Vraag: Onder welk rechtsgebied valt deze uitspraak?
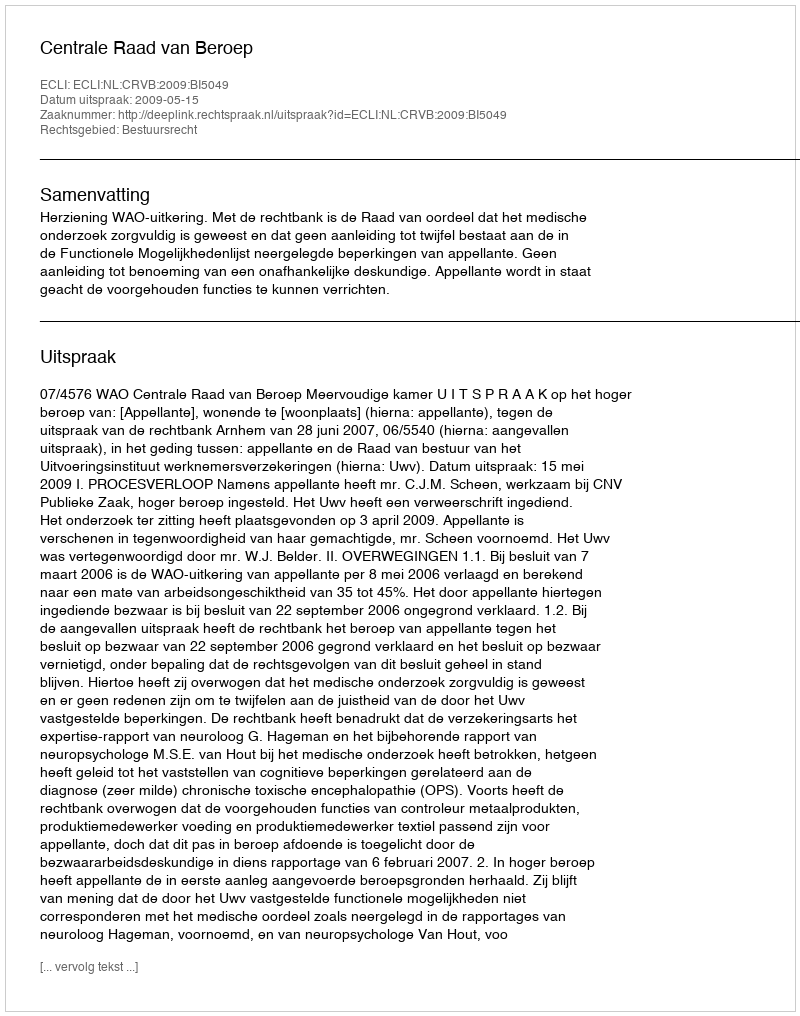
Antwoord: Bestuursrecht